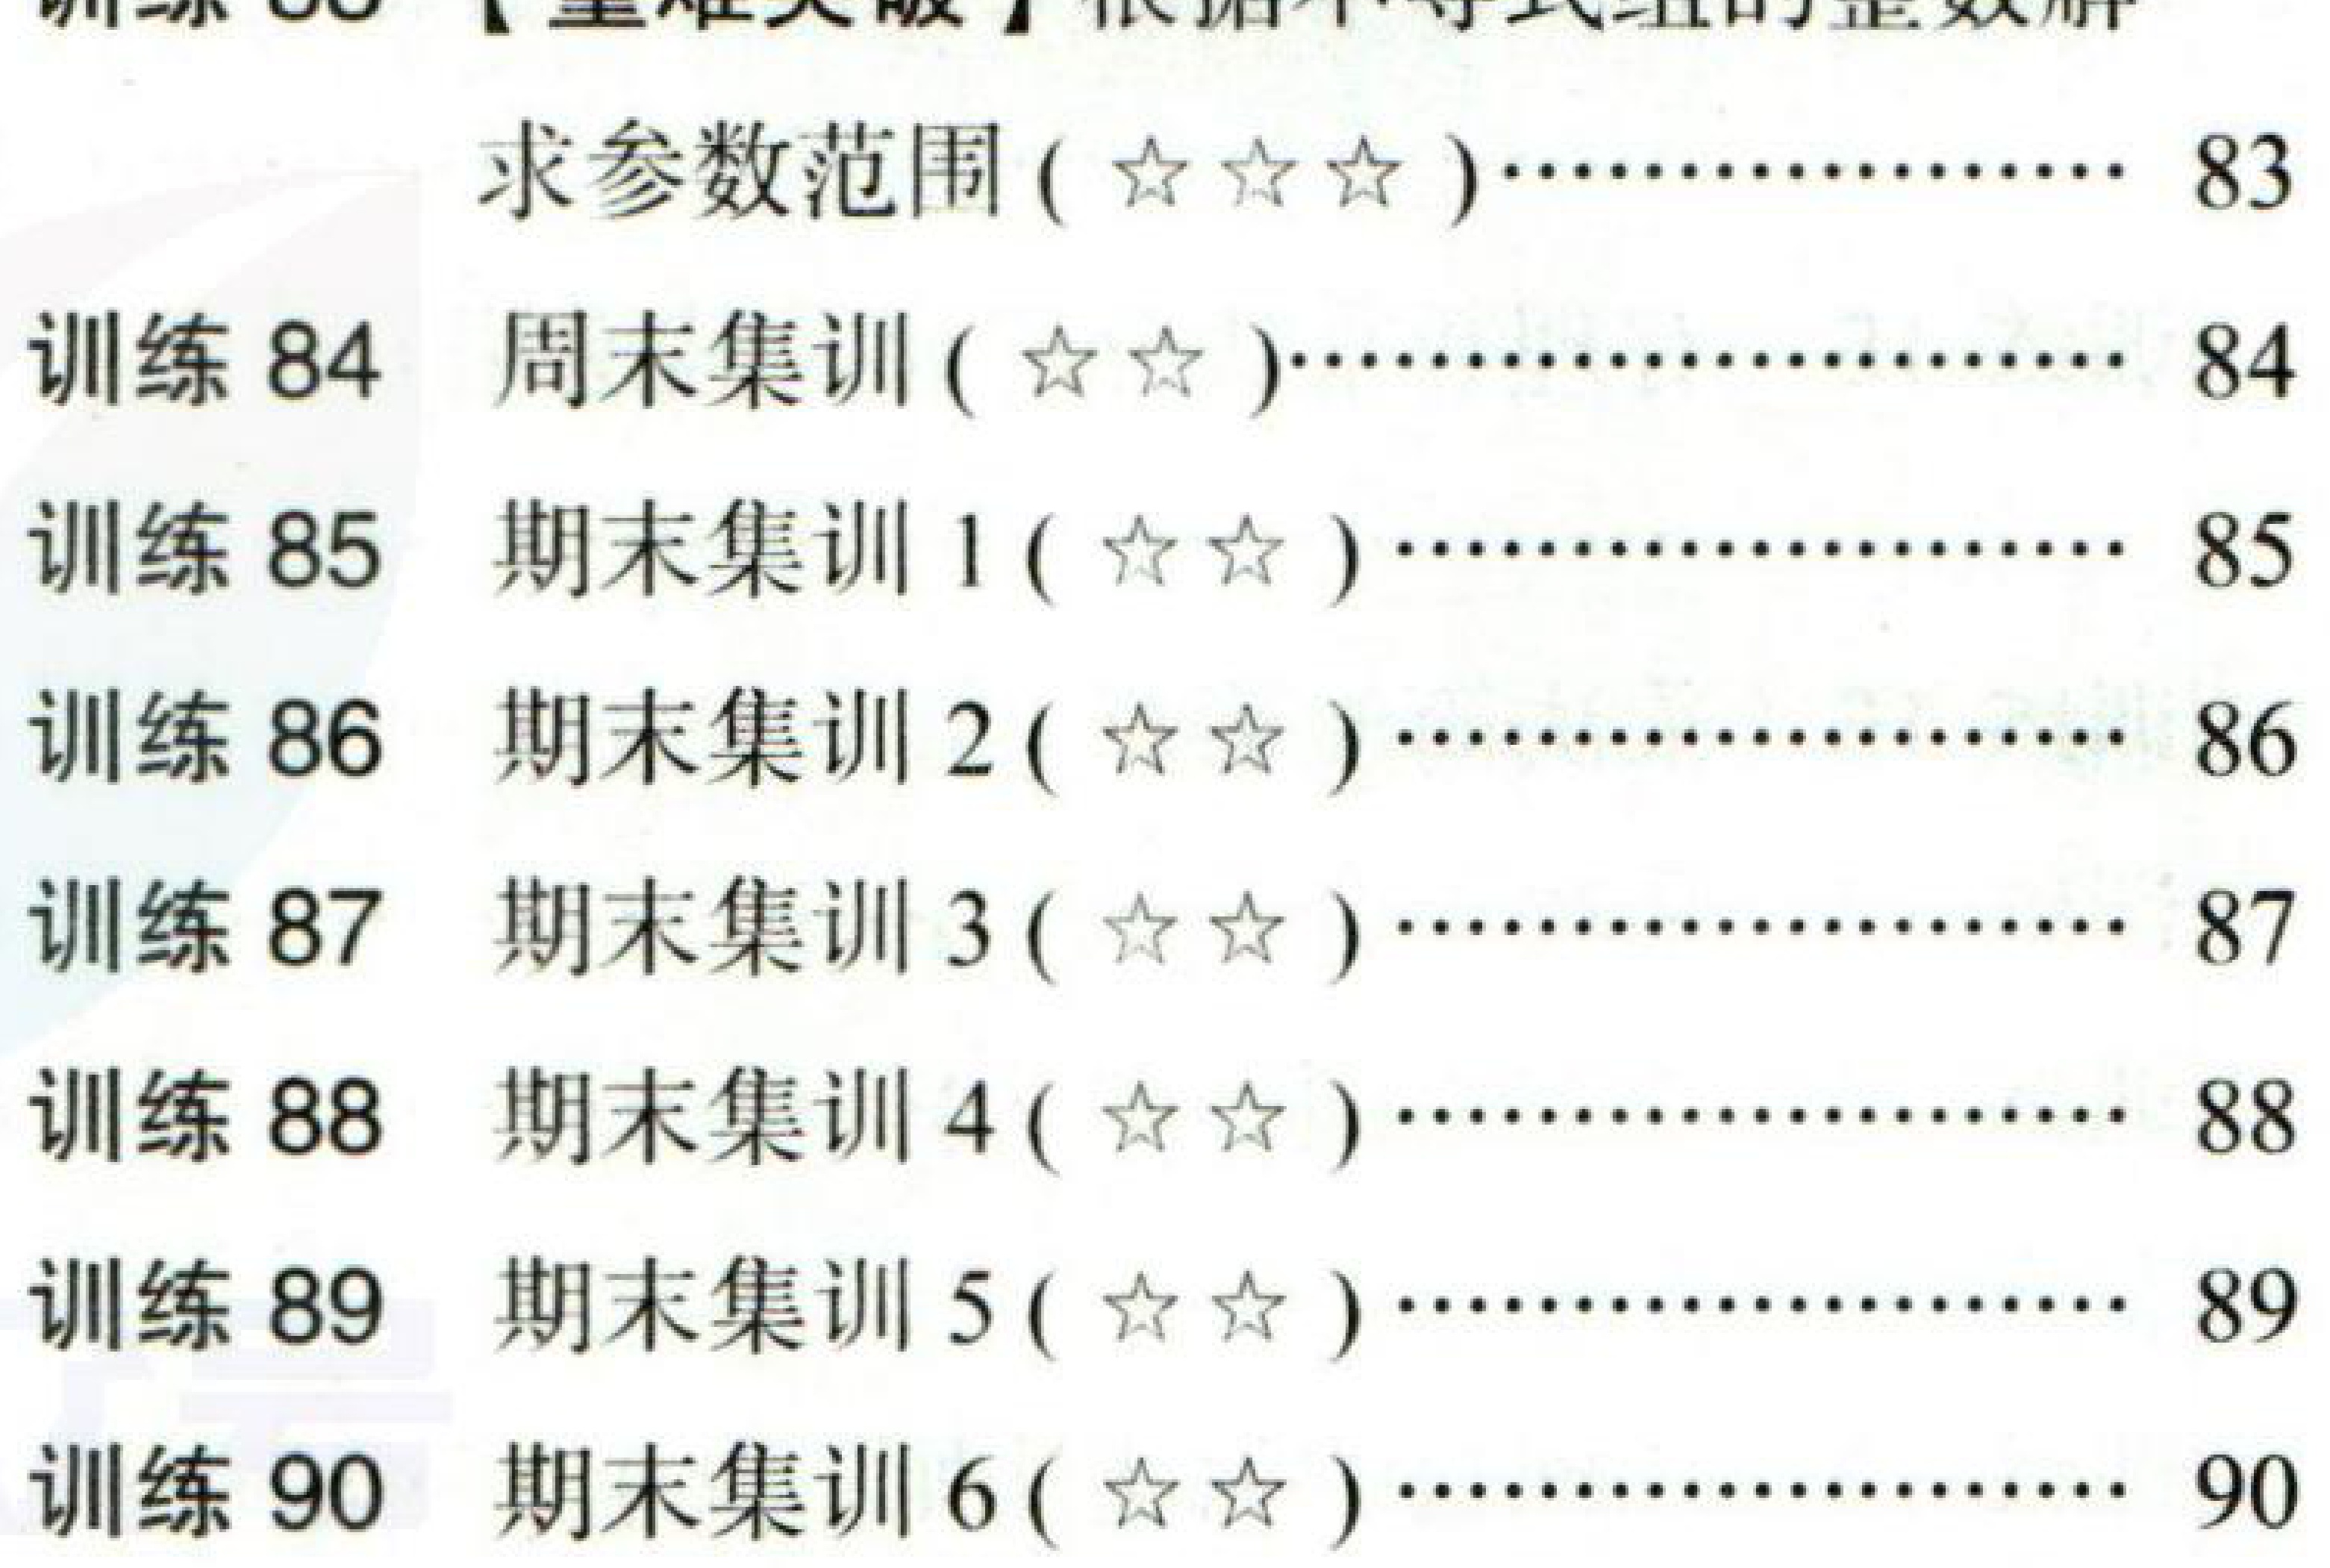
训练83 【重难点破】根据不等式组的整数解
求参数范围 ($\star\star\star$)……………… 83\\
训练84 周末集训 ($\star\star$)…………………… 84\\
训练85 期末集训1 ($\star\star$) …………………… 85\\
训练86 期末集训2 ($\star\star$) …………………… 86\\
训练87 期末集训3 ($\star\star$) …………………… 87\\
训练88 期末集训4 ($\star\star$) …………………… 88\\
训练89 期末集训5 ($\star\star$) …………………… 89\\
训练90 期末集训6 ($\star\star$) …………………… 90\\